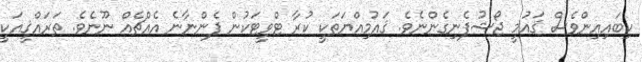
ކިބައިއިންވެސް ޤައުމީ ޖޯޝުފެނިގެންނެވެ. ޤައުމިއްޔަތަކީ ކުރާ ޓްވީޓަކުން ފެންނާނެ އެއްޗެއް ނޫނެވެ. ތަރައްޤީއަކީ